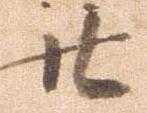
廿